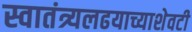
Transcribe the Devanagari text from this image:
स्वातंत्र्यलढयाच्याशेवटी